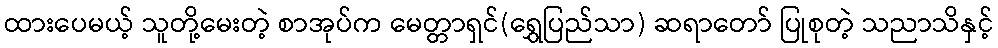
ထားပေမယ့် သူတို့မေးတဲ့ စာအုပ်က မေတ္တာရှင်(ရွှေပြည်သာ) ဆရာတော် ပြုစုတဲ့ သညာသိနှင့်